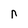
Character: n